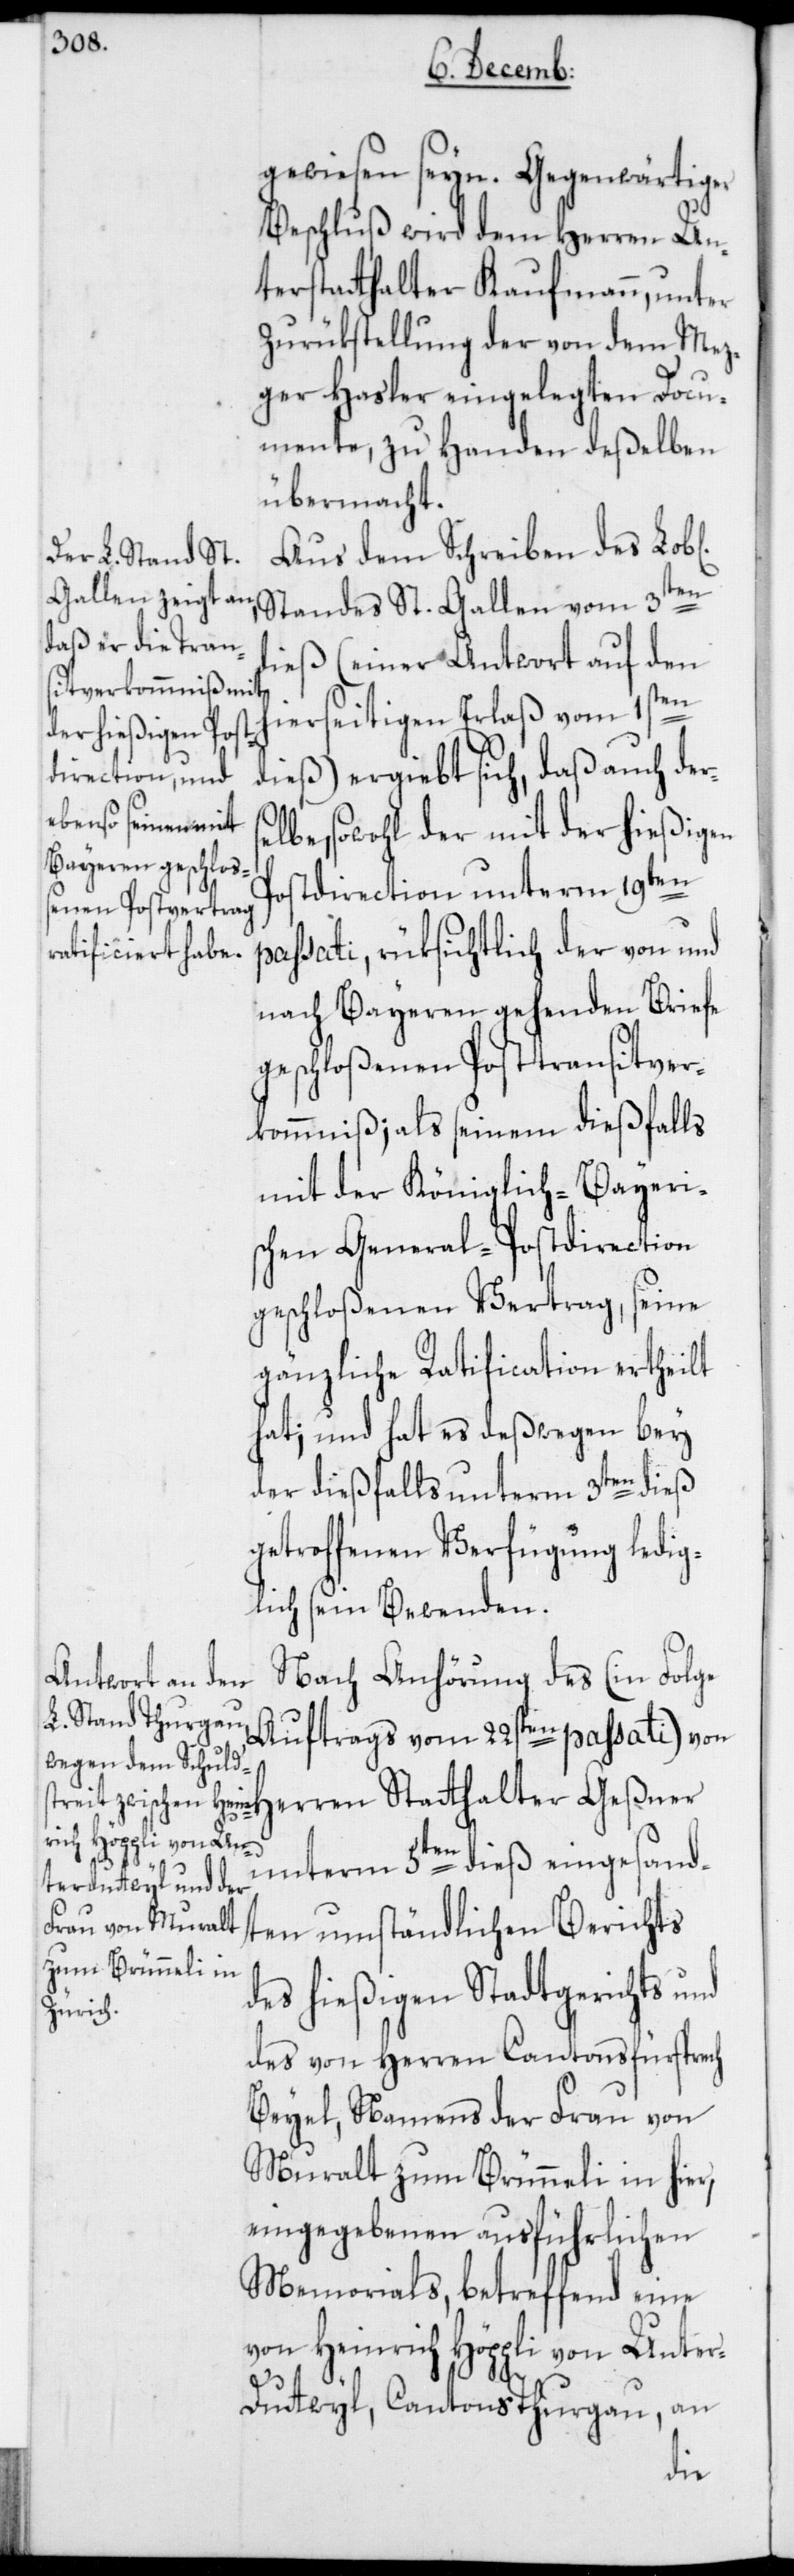
gewiesen sein. Gegenwärtiger
Beschluß wird dem Herren Un¬
terstatthalter Kaufmann, unter
Zurükstellung der von dem Mez¬
ger Hasler eingelegten Docu¬
mente, zu Handen deßelben
übermacht.
Aus dem Schreiben des Lob[l¬
dieß (einer Antwort auf den
se¬
hierseitigen Erlaß vom
dieß) ergiebt sich, daß auch der¬
lbe, sowohl der mit der hießigen
Postdirection unterm 19ten
passati, rüksichtlich der von und
nach Bayeren gehenden Briefe
geschloßenen Posttransitver¬
kommniß; als seinem dießfalls
mit der Königlich-Bayeris¬
chen General-Postdirection
geschloßenen Vertrag, seine
gänzliche Ratification ertheilt
hat; und hat es deßwegen bey
der dießfalls unterm 3ten dieß
getroffenen Verfügung ledig¬
lich sein Bewenden.
Nach Anhörung des (in Folge
Auftrags vom 22sten passati) von
unterm 5ten dieß eingesand¬
ten umständlichen Berichts
des hießigen Stadtgerichts und
des von Herren Cantonsfürsprech
Beyel, Namens der Frau von
Muralt zum Brünneli in hier,
eingegebenen ausführlichen
Memorials, betreffend eine
von Heinrich Höppli von Unte¬
r-Duttwyl, Cantons Thurgau, an